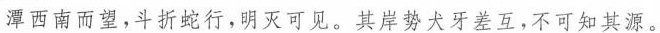
潭西南而望，斗折蛇行，明灭可见。其岸势犬牙差互，不可知其源。